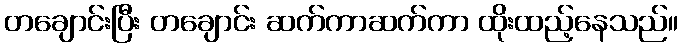
တချောင်းပြီး တချောင်း ဆက်ကာဆက်ကာ ထိုးထည့်နေသည်။